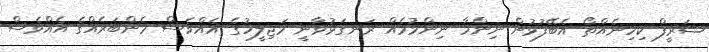
ޝަރީފް ކިހިނެއްތޯ އެބޭފުޅުން ނިންމާ ނިންމުމެއް ރަނގަޅުވާނީ މަޖިލީހުގެ އެއްވެސް މެންބަރެއްގެ އެއްވެސް